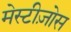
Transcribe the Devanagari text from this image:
मेस्टीज़ोस